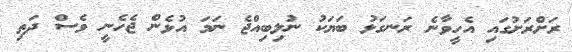
ރަށްރަށުގައި އެހީވާނެ ރަނގަޅު ބަޔަކު ނުލިބިއްޖެ ނަމަ އުޅެން ޖެހެނީ ވެސް ދަތި